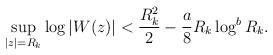
LaTeX: \begin{align*}\sup_{|z|=R_k}\log|W(z)|< \frac{R_k^2}2-\frac {a}8 R_k \log^{b}R_k.\end{align*}